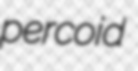
percoid